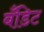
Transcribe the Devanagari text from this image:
बँडिट